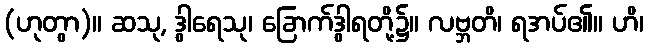
(ဟုတွာ)။ ဆသု, ဒွါရေသု၊ ခြောက်ဒွါရတို့၌။ လဗ္ဘတိ၊ ရအပ်၏။ ဟိ၊